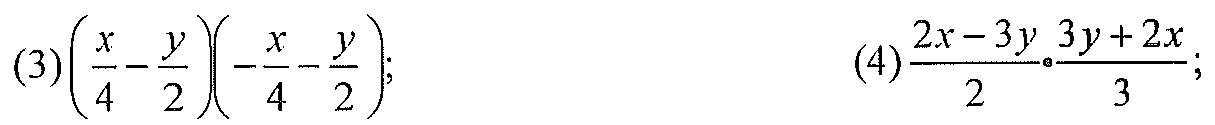
(3)\(\left(\dfrac{x}{4}-\dfrac{y}{2}\right)\left(-\dfrac{x}{4}-\dfrac{y}{2}\right)\);
(4)\(\dfrac{2x - 3y}{2}\cdot\dfrac{3y + 2x}{3}\);